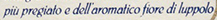
piu pregiato e dell aromatico fiore di luppolo